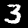
Label: 3